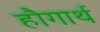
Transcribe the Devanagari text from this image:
हौगार्थ